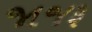
જાજરૂ